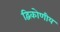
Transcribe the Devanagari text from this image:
द्विकोणीय